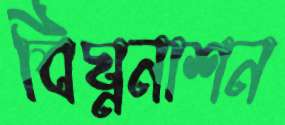
বিঘ্ননাশন